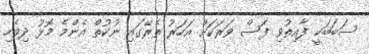
ސަބަބަކީ ފާއިތުވި ފަސް ވަރަކަށް އަހަރު ތެރޭގައި ނުކުތް އެންމެ މޮޅު ދިވެހި